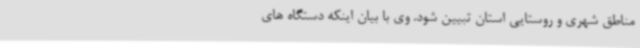
مناطق شهری و روستایی استان تبیین شود. وی با بیان اینکه دستگاه های